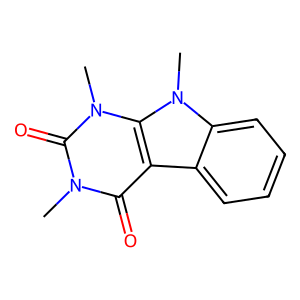
SMILES: Cn1c(=O)c2c3ccccc3n(C)c2n(C)c1=O
Inhibits HIV replication: No